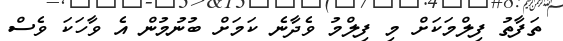
ތަފާތު ފިލްމަކަށް މި ފިލްމު ވެދާނެ ކަމަށް ބުނުމުން އެ ވާހަކަ ވެސް